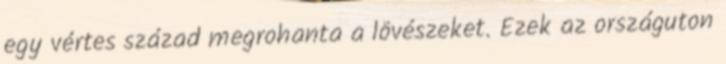
egy vértes század megrohanta a lövészeket. Ezek az országuton